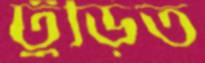
ঢুঁড়িত